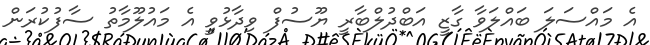
އެ މައްސަލަ ބައްލަވާ ގާޒީ އަބްދުލްބާރީ ޔޫސުފް ވިދާޅުވީ އެ މައުލޫމާތު ސާފުކުރަން